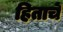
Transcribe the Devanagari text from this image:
हिताचें